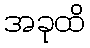
အခုထိ